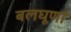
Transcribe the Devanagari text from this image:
बलघूर्णा